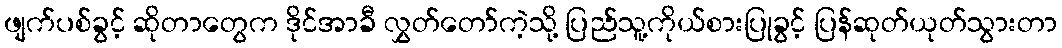
ဖျက်ပစ်ခွင့် ဆိုတာတွေက ဒိုင်အာခီ လွှတ်တော်ကဲ့သို့ ပြည်သူ့ကိုယ်စားပြုခွင့် ပြန်ဆုတ်ယုတ်သွားတာ